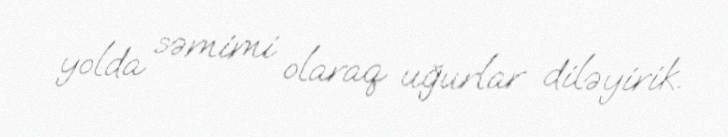
yolda səmimi olaraq uğurlar diləyirik.